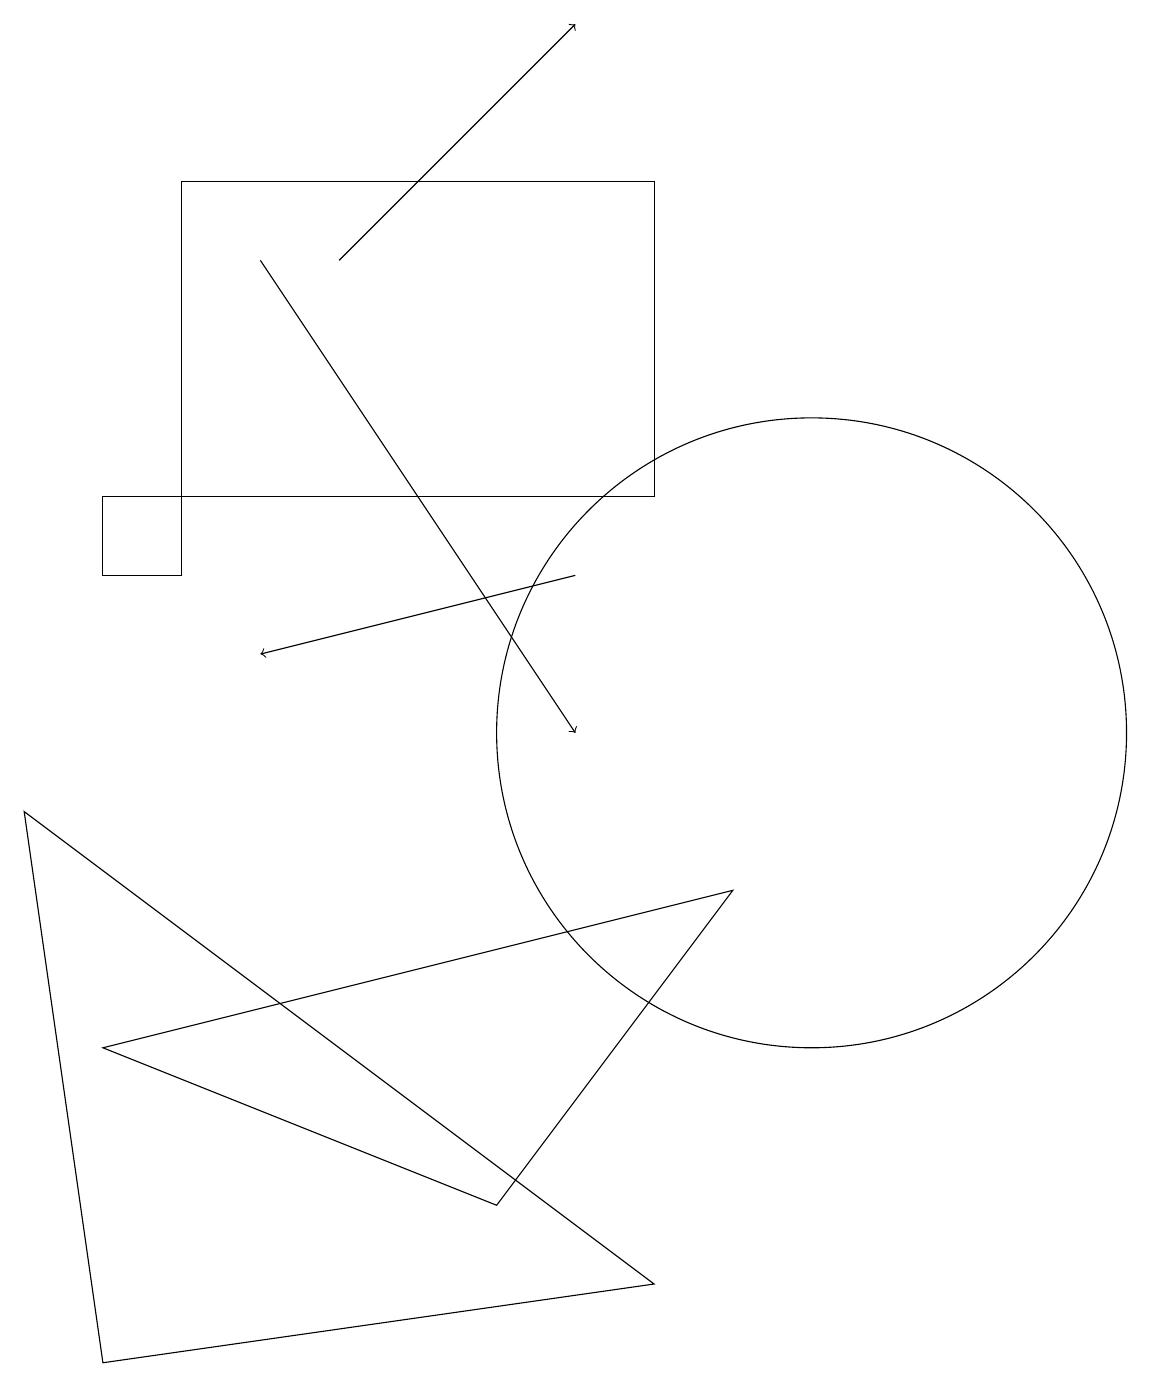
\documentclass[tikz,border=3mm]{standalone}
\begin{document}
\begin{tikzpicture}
\draw (1,2) -- (0,9) -- (8,3) -- cycle;
\draw (2,13) rectangle (8,17);
\draw (6,4) -- (9,8) -- (1,6) -- cycle;
\draw[->] (3,16) -- (7,10);
\draw[->] (4,16) -- (7,19);
\draw (2,12) rectangle (1,13);
\draw (10,10) circle (4);
\draw[->] (7,12) -- (3,11);
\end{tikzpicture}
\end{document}